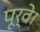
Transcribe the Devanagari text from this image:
पूर्वे।